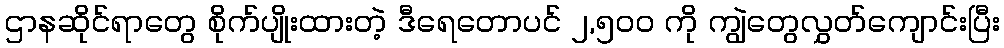
ဌာနဆိုင်ရာတွေ စိုက်ပျိုးထားတဲ့ ဒီရေတောပင် ၂,၅၀၀ ကို ကျွဲတွေလွှတ်ကျောင်းပြီး